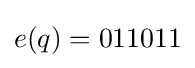
e(q)=011011